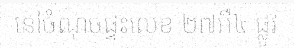
នៅចំណុចផ្ទះលេខ ២៧អឺ៤ ផ្លូវ